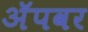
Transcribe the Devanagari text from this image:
अॅपवर